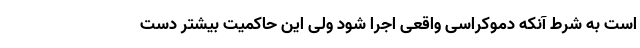
است به شرط آنکه دموکراسی واقعی اجرا شود ولی این حاکمیت بیشتر دست